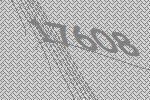
17608